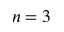
n = 3